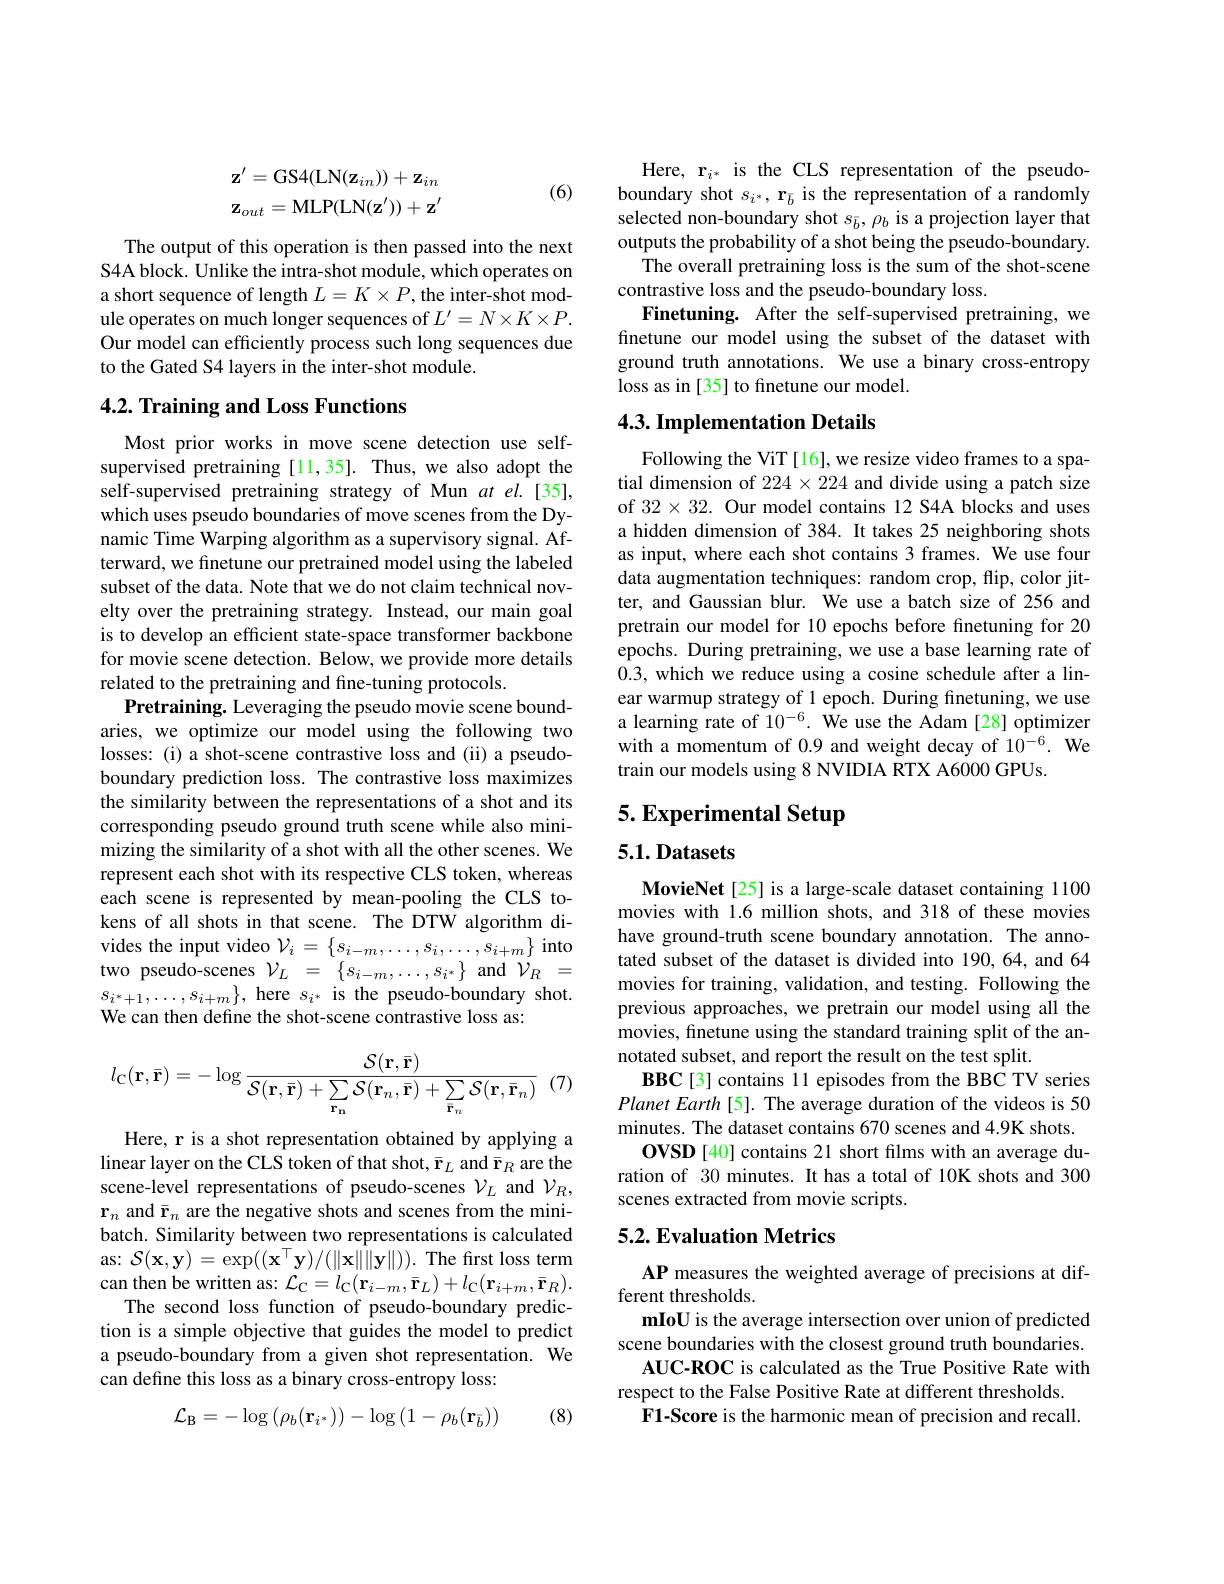
$$\mathbf{z}^{\prime}=\mathrm{GS4}(\mathrm{LN}(\mathbf{z}_{in}))+\mathbf{z}_{in}\\\mathbf{z}_{out}=\mathrm{MLP}(\mathrm{LN}(\mathbf{z}^{\prime}))+\mathbf{z}^{\prime}$$
(6)

The output of this operation is then passed into the next S4A block. Unlike the intra-shot module, which operates on a short sequence of length $L=K\times P$, the inter-shot module operates on much longer sequences of $L^\prime=N\times K\times P.$ Our model can efficiently process such long sequences due to the Gated S4 layers in the inter-shot module.

### 4.2. Training and Loss Functions

Most prior works in move scene detection use selfsupervised pretraining [11,35]. Thus, we also adopt the self-supervised pretraining strategy of Mun $at$ el.[35], which uses pseudo boundaries of move scenes from the Dynamic Time Warping algorithm as a supervisory signal. Afterward, we finetune our pretrained model using the labeled subset of the data. Note that we do not claim technical novelty over the pretraining strategy. Instead, our main goal is to develop an efficient state-space transformer backbone for movie scene detection. Below, we provide more details related to the pretraining and fine-tuning protocols.
Pretraining. Leveraging the pseudo movie scene boundaries, we optimize our model using the following two losses: (i) a shot-scene contrastive loss and (ii) a pseudoboundary prediction loss. The contrastive loss maximizes the similarity between the representations of a shot and its corresponding pseudo ground truth scene while also minimizing the similarity of a shot with all the other scenes. We represent each shot with its respective CLS token, whereas each scene is represented by mean-pooling the CLS tokens of all shots in that scene. The DTW algorithm divides the input video $\mathcal{V}_i=\{s_{i-m},\ldots,s_i,\ldots,s_{i+m}\}$ into two pseudo-scenes $\mathcal{V}_L=\left\{s_{i-m},\ldots,s_{i^*}\right\}$ and $\dot{\mathcal{V}}_R=$ $s_{i^*+1},\ldots,s_{i+m}\}$, here $s_{i^*}$ is the pseudo-boundary shot. We can then define the shot-scene contrastive loss as:

(7,
$$l_{\mathbf{C}}(\mathbf{r},\bar{\mathbf{r}})=-\log\frac{\mathcal{S}(\mathbf{r},\bar{\mathbf{r}})}{\mathcal{S}(\mathbf{r},\bar{\mathbf{r}})+\sum\limits_{\mathbf{r_n}}\mathcal{S}(\mathbf{r}_n,\bar{\mathbf{r}})+\sum\limits_{\bar{\mathbf{r}}_n}\mathcal{S}(\mathbf{r},\bar{\mathbf{r}}_n)}$$
Here, r is a shot representation obtained by applying a linear layer on the CLS token of that shot, $\bar{\mathbf{r}}_L$ and $\bar{\mathbf{r}}_R$ are the scene-level representations of pseudo-scenes $\mathcal{V}_L$ and $\mathcal{V}_R$, $\mathbf{r}_n$ and $\bar{\mathbf{r}}_n$ are the negative shots and scenes from the minibatch. Similarity between two representations is calculated as: $\mathcal{S}(\mathbf{x},\mathbf{y})=\exp((\mathbf{x}^{\top}\mathbf{y})/(\|\mathbf{x}\|\|\mathbf{y}\|)).$ The first loss term can then be written as: $\mathcal{L}_{\mathrm{C}}=l_{\mathrm{C}}(\mathbf{r}_{i-m},\bar{\mathbf{r}}_{L})+l_{\mathrm{C}}(\mathbf{r}_{i+m},\bar{\mathbf{r}}_{R}).$
The second loss function of pseudo-boundary prediction is a simple objective that guides the model to predict a pseudo-boundary from a given shot representation. We can define this loss as a binary cross-entropy loss:
$$\mathcal{L}_{\mathrm{B}}=-\log\left(\rho_{b}(\mathbf{r}_{i^{*}})\right)-\log\left(1-\rho_{b}(\mathbf{r}_{\bar{b}})\right)$$
(8)

Here, r$_i^*$ is the CLS representation of the pseudoboundary shot $s_{i^*},\textbf{r}_{\bar{b}}$ is the representation of a randomly selected non-boundary shot $s_b^-,\rho_b$ is a projection layer that outputs the probability of a shot being the pseudo-boundary.
The overall pretraining loss is the sum of the shot-scene
contrastive loss and the pseudo-boundary loss.
Finetuning. After the self-supervised pretraining, we finetune our model using the subset of the dataset with ground truth annotations. We use a binary cross-entropy loss as in [35] to finetune our model.

## 4.3. Implementation Details

Following the ViT [16], we resize video frames to a spatial dimension of $224\times224$ and divide using a patch size of $32\times32.$ Our model contains 12 S4A blocks and uses a hidden dimension of 384. It takes 25 neighboring shots as input, where each shot contains 3 frames. We use four data augmentation techniques: random crop, flip, color jitter, and Gaussian blur. We use a batch size of 256 and pretrain our model for 10 epochs before finetuning for 20 epochs. During pretraining, we use a base learning rate of 0.3, which we reduce using a cosine schedule after a linear warmup strategy of l epoch. During finetuning, we use a learning rate of $10^{-6}.$ We use the Adam [28] optimizer with a momentum of 0.9 and weight decay of 10$^{-6}.$ We train our models using 8 NVIDIA RTX A6000 GPUs.

# 5. Experimental Setup

## 5.1. Datasets

MovieNet [25] is a large-scale dataset containing 1100 movies with 1.6 million shots, and 318 of these movies have ground-truth scene boundary annotation. The annotated subset of the dataset is divided into 190,64, and 64 movies for training, validation, and testing. Following the previous approaches, we pretrain our model using all the movies, finetune using the standard training split of the annotated subset, and report the result on the test split.
BBC[3] contains 11 episodes from the BBC TV series $PlanetEarth[5].$ The average duration of the videos is 50 minutes. The dataset contains 670 scenes and 4.9K shots.
OVSD [40] contains 21 short films with an average duration of 30 minutes. It has a total of 10K shots and 300 scenes extracted from movie scripts.

### 5.2. Evaluation Metrics

AP measures the weighted average of precisions at dif-
ferent thresholds.
mIoU is the average intersection over union of predicted scene boundaries with the closest ground truth boundaries.
AUC-ROC is calculated as the True Positive Rate with
respect to the False Positive Rate at different thresholds.
F1-Score is the harmonic mean of precision and recall.